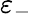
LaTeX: \varepsilon_{-}